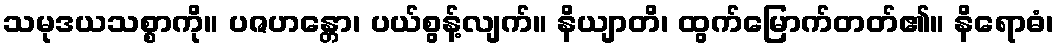
သမုဒယသစ္စာကို။ ပဇဟန္တော၊ ပယ်စွန့်လျက်။ နိယျာတိ၊ ထွက်မြောက်တတ်၏။ နိရောဓံ၊